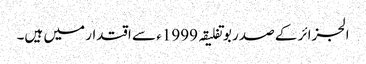
الجزائر کے صدر بوتفلیقہ 1999ء سے اقتدار میں ہیں۔